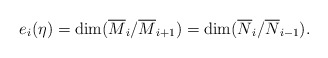
\begin{align*}e_i(\eta)=\dim(\overline M_i/\overline M_{i+1})=\dim(\overline N_{i}/\overline N_{i-1}).\end{align*}